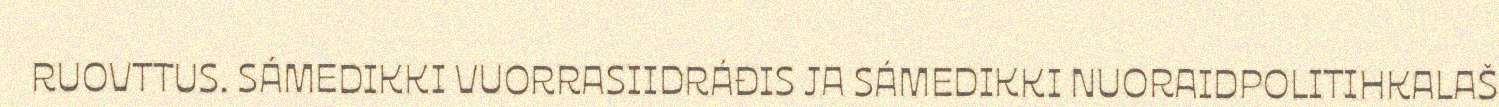
RUOVTTUS. SÁMEDIKKI VUORRASIIDRÁĐIS JA SÁMEDIKKI NUORAIDPOLITIHKALAŠ